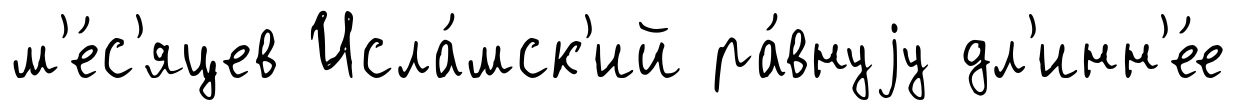
м'е́с'яцев Исла́мск'ий ра́внуjу дл'инн'е́е